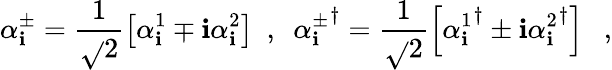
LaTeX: \alpha_{\mathbf{i}}^{\pm}=\frac{{1}}{{\sqrt{}{{2}}}}\left[\alpha_{\mathbf{i}}^{1}\mp\mathbf{i}\alpha_{\mathbf{i}}^{2}\right]\ \ ,\ \ {\alpha_{\mathbf{i}}^{\pm}}^{\dagger}=\frac{{1}}{{\sqrt{}{{2}}}}\left[{\alpha_{\mathbf{i}}^{1}}^{\dagger}\pm\mathbf{i}{\alpha_{\mathbf{i}}^{2}}^{\dagger}\right]\ \ \ ,